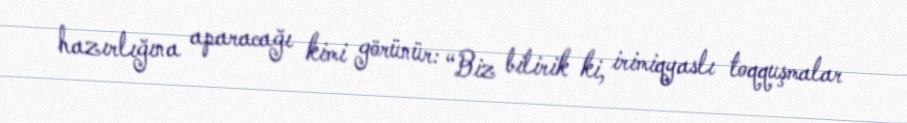
hazırlığına aparacağı kimi görünür: “Biz bilirik ki, irimiqyaslı toqquşmalar